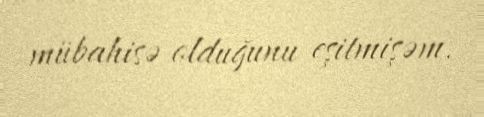
mübahisə olduğunu eşitmişəm.